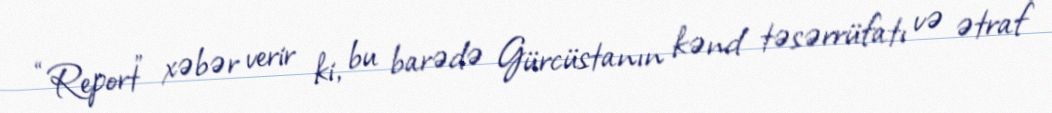
“Report” xəbər verir ki, bu barədə Gürcüstanın kənd təsərrüfatı və ətraf